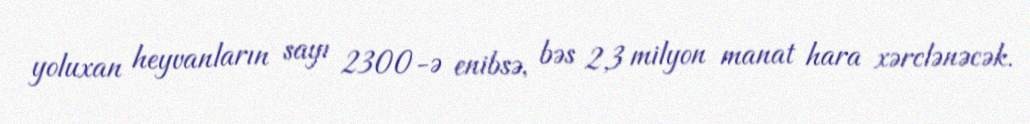
yoluxan heyvanların sayı 2300-ə enibsə, bəs 2,3 milyon manat hara xərclənəcək.